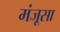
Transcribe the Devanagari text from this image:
मंजूसा